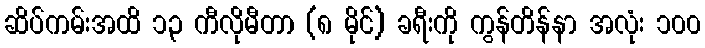
ဆိပ်ကမ်းအထိ ၁၃ ကီလိုမီတာ (၈ မိုင်) ခရီးကို ကွန်တိန်နာ အလုံး ၁၀၀